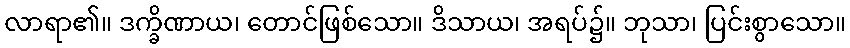
လာရာ၏။ ဒက္ခိဏာယ၊ တောင်ဖြစ်သော။ ဒိသာယ၊ အရပ်၌။ ဘုသာ၊ ပြင်းစွာသော။